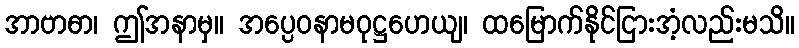
အာဗာဓာ၊ ဤအနာမှ။ အပ္ပေဝနာမဝုဋ္ဌဟေယျ၊ ထမြောက်နိုင်ငြားအံ့လည်းမသိ။